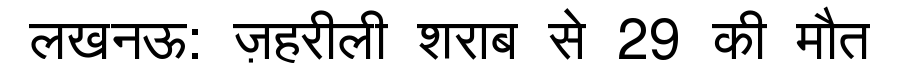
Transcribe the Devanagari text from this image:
लखनऊ: ज़हरीली शराब से 29 की मौत